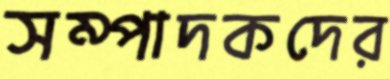
সম্পাদকদের